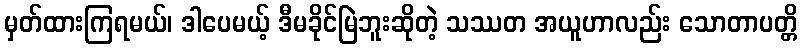
မှတ်ထားကြရမယ်၊ ဒါပေမယ့် ဒီမခိုင်မြဲဘူးဆိုတဲ့ သဿတ အယူဟာလည်း သောတာပတ္တိ